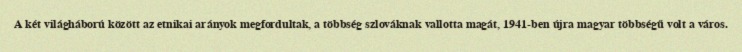
A két világháború között az etnikai arányok megfordultak, a többség szlováknak vallotta magát, 1941-ben újra magyar többségű volt a város.